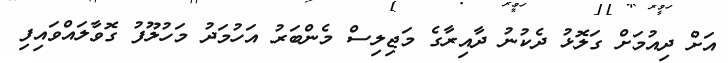
އަށް ދިއުމަށް ގަލޮޅު ދެކުނު ދާއިރާގެ މަޖިލިސް މެންބަރު އަހުމަދު މަހުލޫފު ގޮވާލައްވައިފި